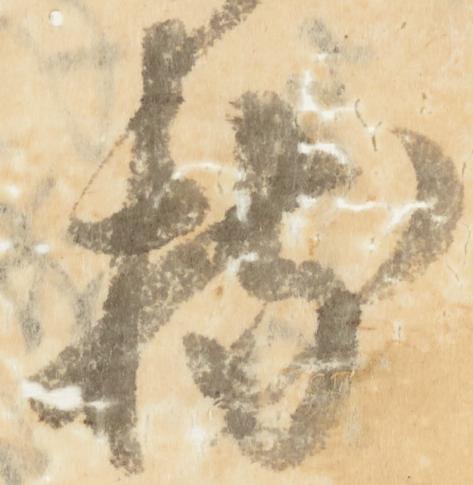
持